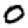
Digit: 0